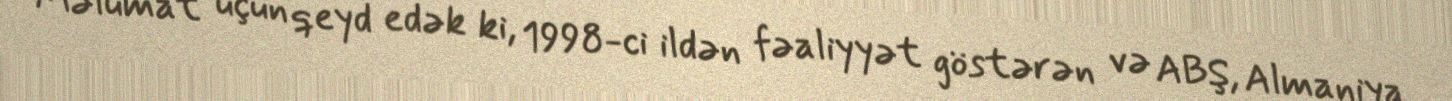
Məlumat üçün qeyd edək ki, 1998-ci ildən fəaliyyət göstərən və ABŞ, Almaniya,